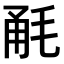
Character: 𣭲